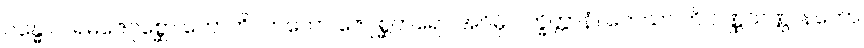
ဂန္ဓော ပရမဇေဂုစ္ဆော ဟောတိ။ တတော ဇေဂုစ္ဆတရော အဂ္ဂိမှိ ပက္ခိတ္တာနံ။ ကေသာ ဟိ ဝဏ္ဏသဏ္ဌာနတော